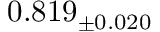
0 . 8 1 9 _ { \pm 0 . 0 2 0 }